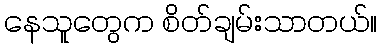
နေသူတွေက စိတ်ချမ်းသာတယ်။